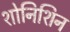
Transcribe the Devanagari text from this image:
शोनिशिन